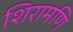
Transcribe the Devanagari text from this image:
शिरामणि